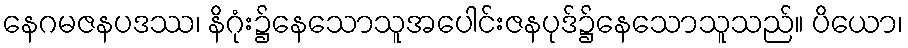
နေဂမဇနပဒဿ၊ နိဂုံး၌နေသောသူအပေါင်းဇနပုဒ်၌နေသောသူသည်။ ပိယော၊